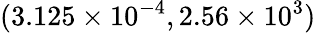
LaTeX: (3.125\times 10^{-4},2.56\times 10^{3})